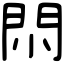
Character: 𨳒